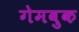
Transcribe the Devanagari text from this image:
गेमबुक